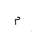
Letter: _mim